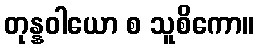
တုန္နဝါယော စ သူစိကော။